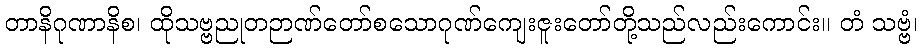
တာနိဂုဏာနိစ၊ ထိုသဗ္ဗညုတဉာဏ်တော်စသောဂုဏ်ကျေးဇူးတော်တို့သည်လည်းကောင်း။ တံ သဗ္ဗံ၊